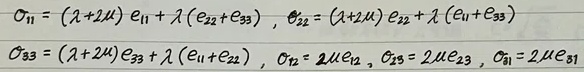
$\sigma_{11}=(\lambda + 2\mu)e_{11}+\lambda(e_{22}+e_{33}),\ \sigma_{22}=(\lambda + 2\mu)e_{22}+\lambda(e_{11}+e_{33})$
$\sigma_{33}=(\lambda + 2\mu)e_{33}+\lambda(e_{11}+e_{22}),\ \sigma_{12}=2\mu e_{12},\ \sigma_{23}=2\mu e_{23},\ \sigma_{31}=2\mu e_{31}$